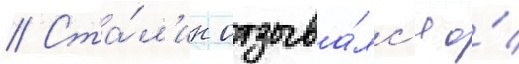
// Ста́л'ин отзыва́лс'я о́